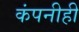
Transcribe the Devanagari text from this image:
कंपनीही